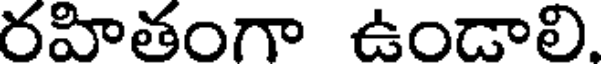
రహితంగా ఉండాలి.